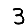
Digit: 3